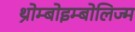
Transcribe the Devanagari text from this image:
थ्रोम्बोइम्बोलिज्म